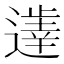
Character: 𲅶